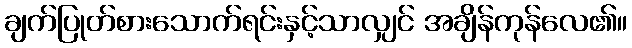
ချက်ပြုတ်စားသောက်ရင်းနှင့်သာလျှင် အချိန်ကုန်လေ၏။